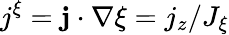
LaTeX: j^{\xi}=\mathbf{j}\cdot\nabla\xi=j_{z}/J_{\xi}